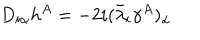
LaTeX: D _ { i \alpha } h ^ { A } = - 2 i ( \bar { \lambda } _ { i } \gamma ^ { A } ) _ { \alpha }